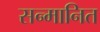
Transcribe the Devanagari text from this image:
सन्‍मानित